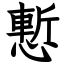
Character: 慙